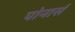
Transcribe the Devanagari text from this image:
पोनार्स